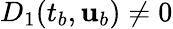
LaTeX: D_{1}(t_{b},{\mathbf{u}}_{b})\neq 0